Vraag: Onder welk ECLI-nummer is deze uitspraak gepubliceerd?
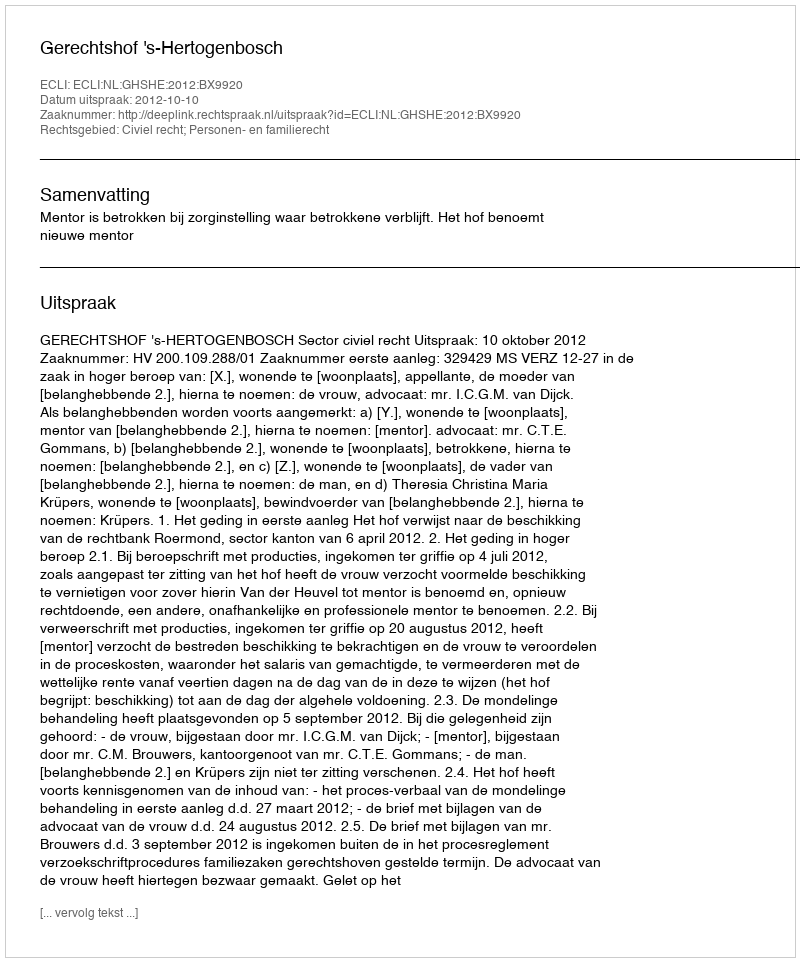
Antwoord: ECLI:NL:GHSHE:2012:BX9920